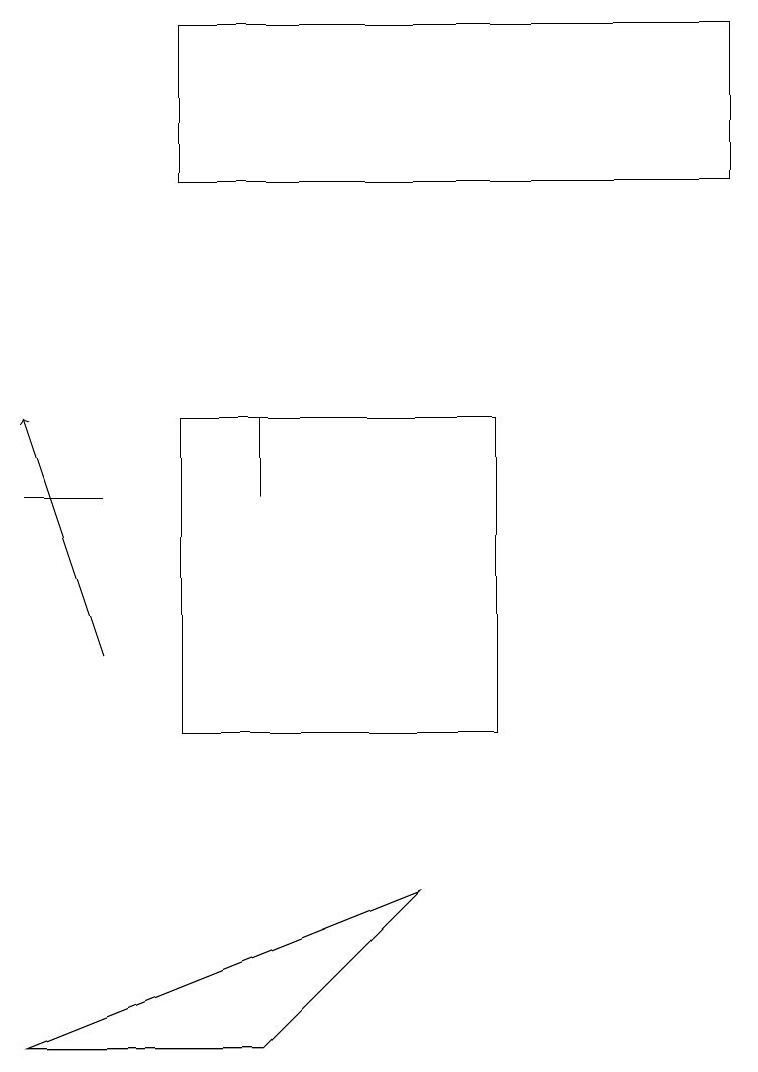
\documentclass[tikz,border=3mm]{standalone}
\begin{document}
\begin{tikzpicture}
\draw (0,13) rectangle (1,13);
\draw (3,6) -- (5,8) -- (0,6) -- cycle;
\draw (9,19) rectangle (2,17);
\draw (2,10) rectangle (6,14);
\draw[->] (1,11) -- (0,14);
\draw (3,13) rectangle (3,14);
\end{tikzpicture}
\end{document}